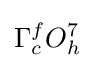
\Gamma _{c}^{f}O_{h}^{7}